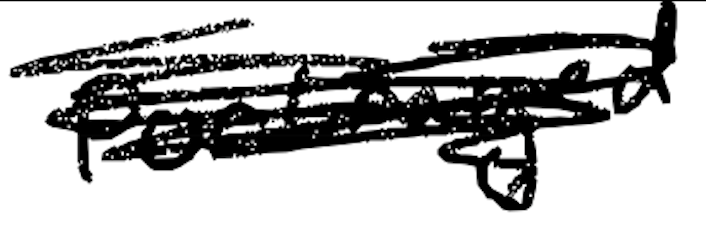
Text: portrayed
Cross-out: scratch
Writing tool: digital_black